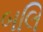
બલિ